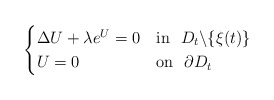
\begin{align*}\begin{cases}\Delta U+\lambda e^U=0 & \textrm{in}\ \ D_t\backslash\{\xi(t)\}\\U=0 & \textrm{on}\ \ \partial D_t\end{cases}\end{align*}